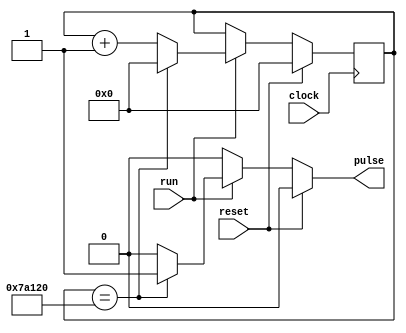
module pulseGenerator
# ( parameter [19:0] MAXVAL = 19'd500000)
	(
	input clock,
	input reset,
	input run,
	output reg pulse
	);

reg [19:0] count;	
reg [19:0] countNext;

always @ (posedge clock)
begin
count <= countNext;
end


always @ (*)
begin
    if(reset)
    begin 
        countNext = 1'b0;
        pulse = 1'b0;
    end
    else if(run)
    begin
        if (count == MAXVAL)
        begin
            countNext = 19'b0;
            pulse = 1'b1;
        end
        else
        begin
            countNext = count + 1'b1;
            pulse = 1'b0;
        end
    end
    else
    begin
        countNext = count;
        pulse = 1'b0;
    end
end
endmodule